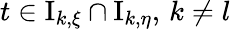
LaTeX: t\in\mathrm{{I}}_{k,\xi}\cap\mathrm{{I}}_{k,\eta},\, k\neq l